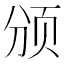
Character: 颁